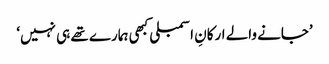
’جانے والے ارکانِ اسمبلی کبھی ہمارے تھے ہی نہیں‘